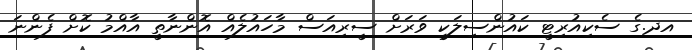
އދ.ގެ ސެކިއުރިޓީ ކައުންސިލަކީ ވަރަށް ސީރިއަސް މާހައުލެއް އޮންނާތީ އާއްމު ކޮށް ފެންނަ